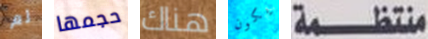
لم حجمها هناك يكون منتظمة